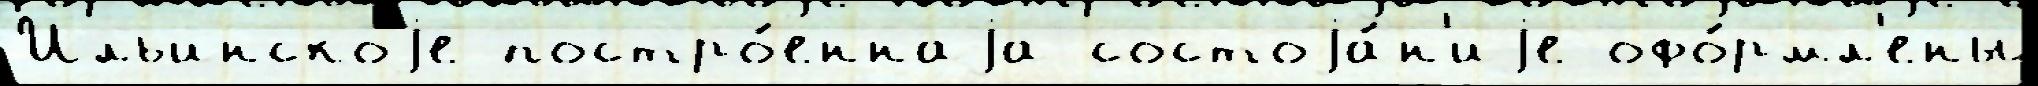
Ильинскоjе постро́еннаjа состоjа́н'иjе офо́рмл'ены